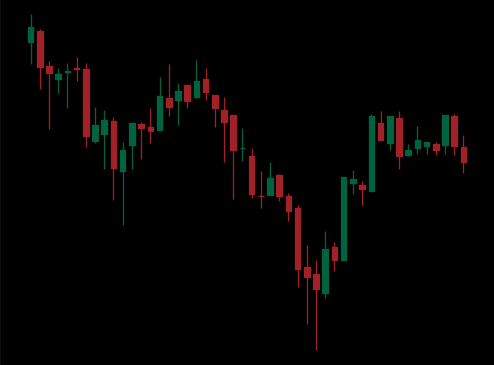
Pattern: inverse_head_shoulders